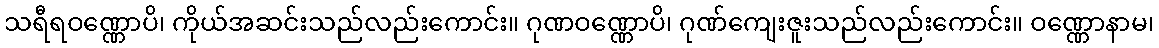
သရီရဝဏ္ဏောပိ၊ ကိုယ်အဆင်းသည်လည်းကောင်း။ ဂုဏဝဏ္ဏောပိ၊ ဂုဏ်ကျေးဇူးသည်လည်းကောင်း။ ဝဏ္ဏောနာမ၊